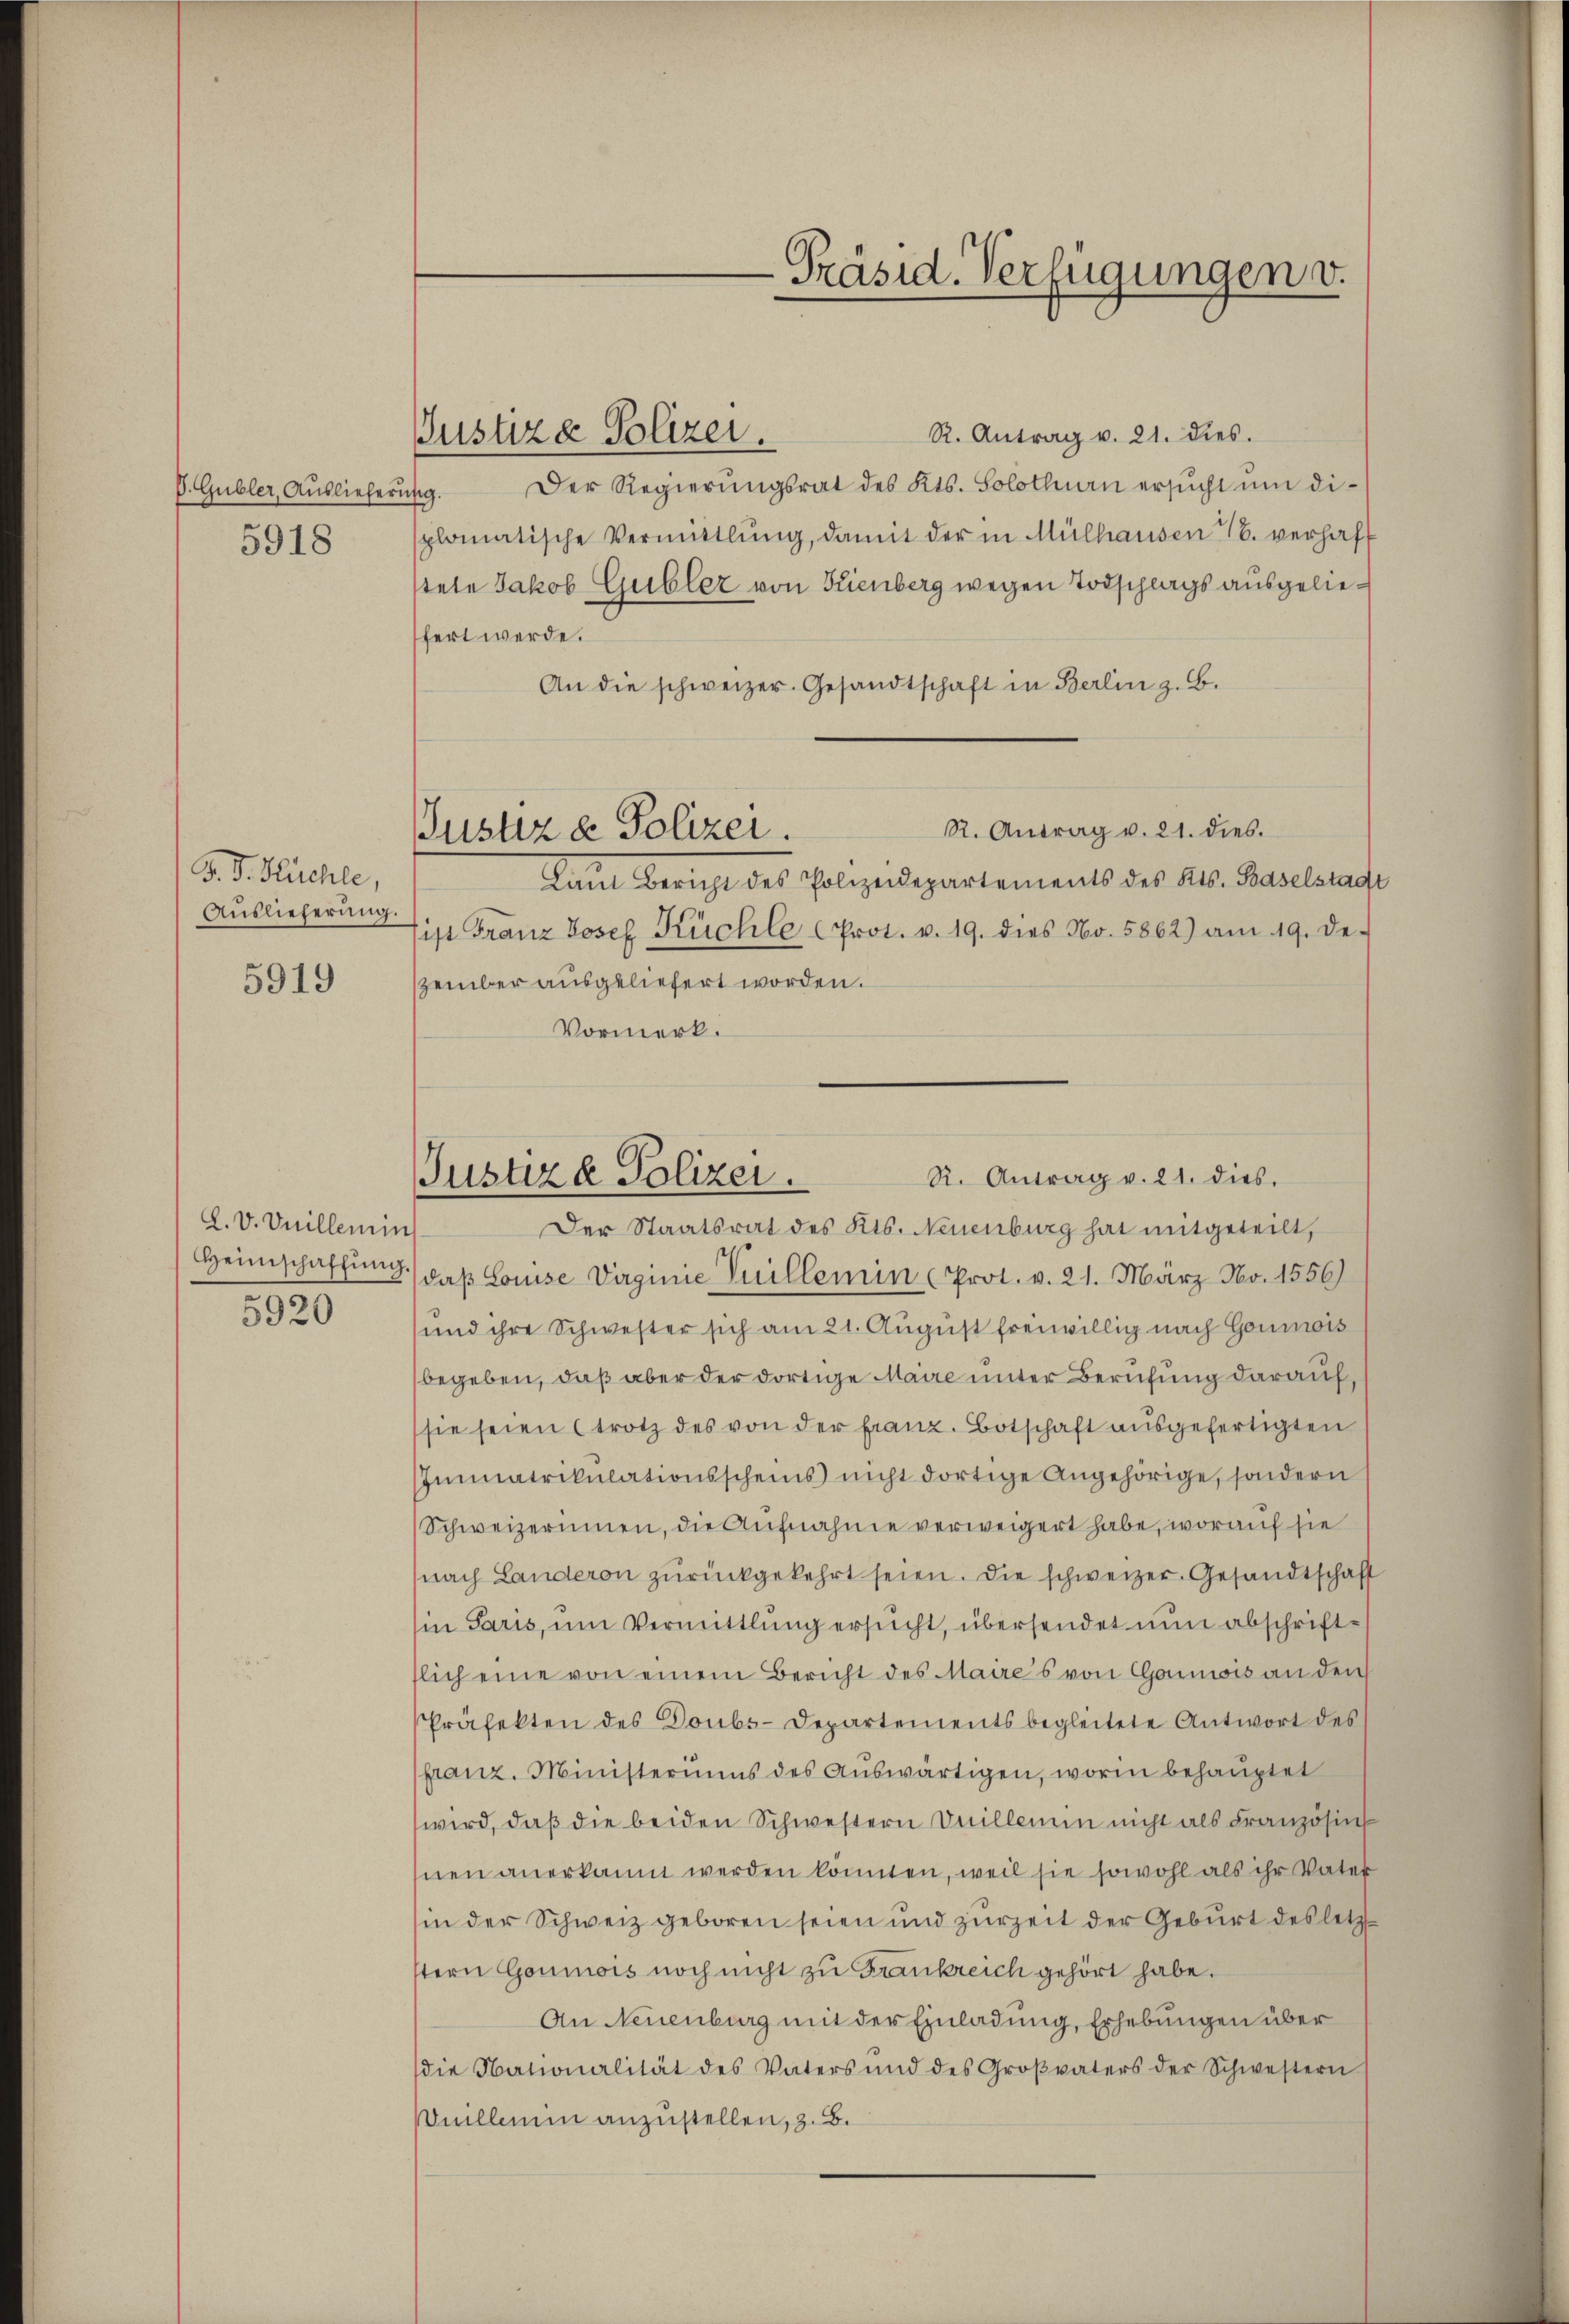
P. Gubler, Auslieferi
5918

G. J. Ruchle,
Auslieferung

5919

L. V. Vnillemin
Heimschaffung

Justiza Polizei.

Justiz & Polizei.

-Präsid. Verfügungen v.

R. Antrag v. 21. dies.
Der Regierungsrat des Kts. Solothurn ersucht um di¬
49.
splomatische Vermittlung, damit der in Mülhausen 16. verhafstete Jakob Gublez von Kienberg wegen Todschlags ausgeliefert werde.
An die schweizer. Gesandtschaft in Berlin z. B.
R. Antrag v. 21. dies.
lamt Bericht des Polizeidepartements des Kts. Baselstage
tist Franz Josef Küchle Prot. v. 19. dies No. 5862) am 19. De-
zember ausgeliefert worden.
Vormerk.
Der Staatsrat des Kts. Neuenburg hat mitgeteilt,
daß Louise Virginie Puillemin (Prot. v. 21. März No. 1556)
5920 und ihre Schwester sich am 21. Aŭgŭst freiwillig nach Goumois
begeben, daß aber der dortige Maire unter Berufung darauf
sie seien trotz des von der franz. Botschaft ausgefertigten
Immatrikulationsscheins nicht dortige Angehörige, sondern
Schweizerinnen, die Aufnahme verweigert habe, worauf sie
(nach Landeron zurückgekehrt seien. Die schweizer. Gesandtschaft
in Paris, um Vermittlung ersucht, übersendet nun abschrifttlich eine von einem Bericht des Maires von Gamwis an den
Präfekten des Doubs-Departements begleitete Antwort des
franz. Ministeriums des Auswärtigen, worin behauptet
wird, daß die beiden Schwestern Onillemin nicht als Französin
nen anerkannt werden könnten, weil sie sowohl als ihr Vater
in der Schweiz geboren seien und zurzeit der Geburt des letzt.
stern Goumois noch nicht zu Frankreich gehört habe.
An Neuenburg mit der Einladung, Erhebungen über
die Nationalität des Vaters und des Großvaters der Schwestern
nillemin anzustellen, z. B.

R. Antrag v. 21. dies.
Justiz & Polizei.